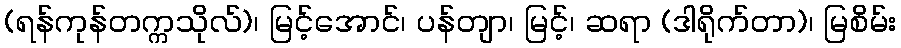
(ရန်ကုန်တက္ကသိုလ်)၊ မြင့်အောင်၊ ပန်တျာ၊ မြင့်၊ ဆရာ (ဒါရိုက်တာ)၊ မြစိမ်း